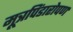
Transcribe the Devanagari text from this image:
मूत्रपिंडारोपण